Lunatic asylums Madras 1877-1891 - 1877-1891
Year: 1877
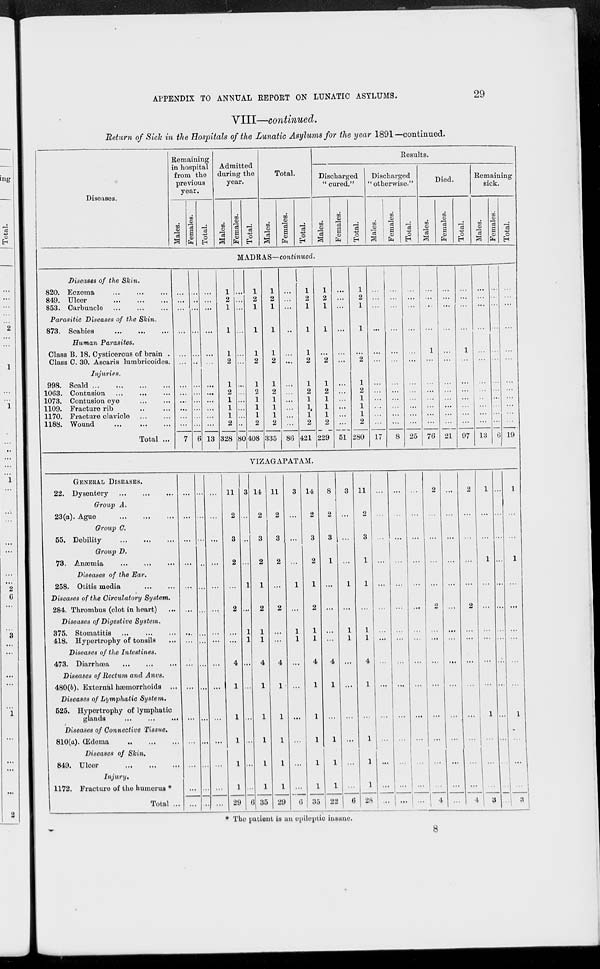
APPENDIX TO ANNUAL REPORT ON LUNATIC ASYLUMS.
29
VIII—continued.
Return of Sick in the Hospitals of the Lunatic Asylums for the year 1891—continued.
Diseases.
Remaining
in hospital
from the
previous
year.
Males.
Females.
Total.
Admitted
during the
year.
Males.
Females.
Total.
Total.
Males.
Females.
Total.
Results.
Discharged
" cured."
Males.
Females.
Total.
Discharged
" otherwise."
Males.
Females.
Total.
Died.
Males.
Females.
Total.
Remaining
sick.
Males.
Females.
Total.
MADRAS—continued.
Diseases of the Skin.
820. Eczema
...
...
...
849. Ulcer
...
...
...
853. Carbuncle
...
...
...
Parasitic Diseases of the Skin.
873. Scabies
...
...
...
Human Parasites.
Class B. 18. Cysticercus of brain .
Class C. 30. Ascaris lumbricoides.
Injuries.
998. Scald
...
...
...
...
1063. Contusion
...
...
...
1073. Contusion eye
...
...
1109. Fracture rib ... ...
1170. Fracture clavicle
...
...
1188. Wound
...
...
...
Total ...
...
...
...
...
...
...
...
...
...
...
...
...
7
...
...
...
...
...
..
...
...
...
...
...
...
6
...
...
...
...
...
...
...
...
...
...
...
...
13
1
2
1
1
1
2
1
2
1
1
1
2
328
...
...
...
..
...
..
...
...
...
...
...
...
80
1
2
1
1
1
2
1
2
1
1
1
2
408
1
2
1
1
1
2
1
2
1
1
1
2
335
...
...
...
..
...
...
...
...
...
...
...
...
86
1
2
1
1
1
2
1
2
1
1
1
2
421
1
2
1
1
...
2
1
2
1
1
1
2
229
...
...
...
...
...
...
...
...
...
...
...
...
51
1
2
1
1
...
2
1
2
1
1
1
2
280
...
...
...
...
...
...
...
...
...
...
...
...
17
...
...
...
...
...
...
...
...
...
...
...
...
8
...
...
...
...
...
...
...
...
...
...
...
...
25
...
...
...
...
1
...
...
...
...
...
...
...
76
...
...
...
...
...
...
...
...
...
...
...
...
21
...
...
...
...
1
...
...
...
...
...
...
...
97
...
...
...
...
...
...
...
...
..
...
...
...
13
...
...
...
...
...
...
...
...
...
...
...
...
6
...
...
...
...
...
...
...
...
...
...
...
...
19
VIZAGAPATAM.
GENERAL DISEASES.
22. Dysentery
...
...
...
Group A.
23(a). Ague
...
...
...
Group C.
55. Debility
...
...
...
Group D.
73. Anæmia
...
...
...
Diseases of the Ear.
258. Otitis media
...
...
Diseases of the Circulatory System.
284. Thrombus (clot in heart) ...
Diseases of Digestive System.
375. Stomatitis
...
...
...
418. Hypertrophy of tonsils ...
Diseases of the Intestines.
473. Diarrhæa
...
...
...
Diseases of Rectum and Anvs.
480(b). External hæmorrhoids ...
Diseases of Lymphatic System.
525. Hypertrophy of lymphatic
glands
... ... ...
Diseases of Connective Tissue.
810(a).
Œdema ... ... ...
Diseases of Skin.
849. Ulcer
...
...
...
Injury.
1172. Fracture of the humerus *
Total .
...
...
...
...
...
...
...
...
...
...
...
...
...
...
...
..
...
...
...
...
...
...
...
...
...
...
...
...
...
...
...
. ..
...
...
...
...
...
...
...
...
...
...
...
...
...
11
2
3
2
...
2
...
...
4
1
1
1
1
1
29
3
...
...
...
1
...
1
1
...
...
...
...
...
...
6
14
2
3
2
1
2
1
1
4
1
1
1
1
1
35
11
2
3
2
...
2
...
...
4
1
1
1
1
1
29
3
...
...
...
1
...
1
1
...
...
...
...
...
...
6
14
2
3
2
1
2
1
1
4
1
1
1
1
1
35
8
2
3
1
...
...
...
...
4
1
...
1
1
1
22
3
...
...
...
1
...
1
1
...
...
...
...
...
...
6
11
2
3
1
1
...
1
1
4
1
...
1
1
1
28
...
...
...
...
...
...
...
...
...
...
...
...
...
...
...
...
...
...
...
...
...
...
...
...
...
...
...
...
...
...
...
...
...
...
...
...
...
...
...
...
...
...
...
...
...
2
...
...
...
...
2
...
...
...
...
...
...
...
...
4
...
...
...
...
...
...
...
...
...
...
...
...
...
...
...
2
...
...
...
...
2
...
...
...
...
...
...
...
...
4
1
...
...
1
...
...
...
...
...
...
1
...
...
...
3
...
...
...
...
...
...
...
...
...
...
...
...
...
...
...
1
...
...
1
...
...
...
...
...
...
1
...
...
...
3
* The patient is an epileptic insane.
8